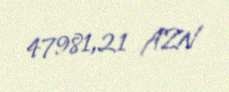
47981,21 AZN